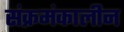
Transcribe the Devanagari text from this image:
संक्रमंकालीन